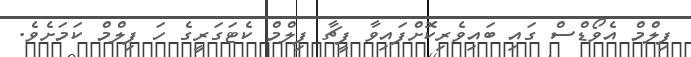
ފިލްމް އެވޯޑްސް ގައި ބައިވެރިކޮށްފައިވާ ފީޗާ ފިލްމް ކެޓަގަރީގެ ހަ ފިލްމް ކަމަށެވެ.